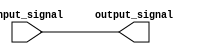
module io_non_inverting_buffer(
    input wire input_signal,
    output reg output_signal
);

always @ (input_signal)
begin
    output_signal <= input_signal;
end

endmodule